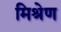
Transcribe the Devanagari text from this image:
मिश्रेण